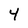
Character: 4